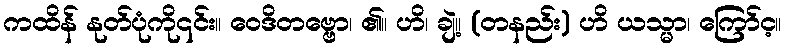
ကထိန် နုတ်ပုံကို၎င်း။ ဝေဒိတဗ္ဗော၊ ၏။ ဟိ၊ ချဲ့။ (တနည်း) ဟိ ယသ္မာ၊ ကြော်င့။